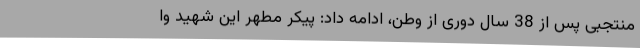
منتجبی پس از 38 سال دوری از وطن، ادامه داد: پیکر مطهر این شهید وا